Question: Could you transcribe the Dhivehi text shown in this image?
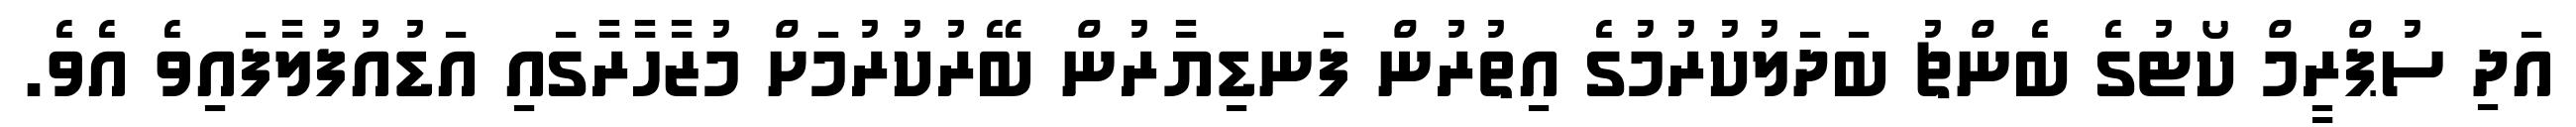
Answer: އަދި ސުޕްރީމް ކޯޓުގެ ބެންޗު ބަދަލުކުރުމުގެ އިތުރުން ފަނޑިޔާރުން ބޭރުކުރުމަށް މުޒާހާރާގައި އަޑުއުފުލާފައިވެ އެވެ.